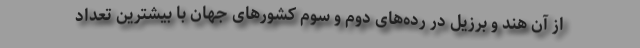
از آن هند و برزیل در رده‌های دوم و سوم کشورهای جهان با بیشترین تعداد